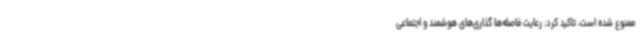
ممنوع شده است، تاکید کرد: رعایت فاصله‌ها گذاری‌های هوشمند و اجتماعی